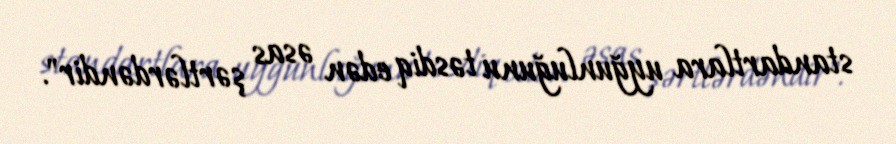
standartlara uyğunluğunu təsdiq edən əsas şərtlərdəndir".